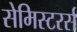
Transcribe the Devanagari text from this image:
सेमिस्टरर्स